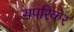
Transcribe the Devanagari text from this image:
सपरिकर